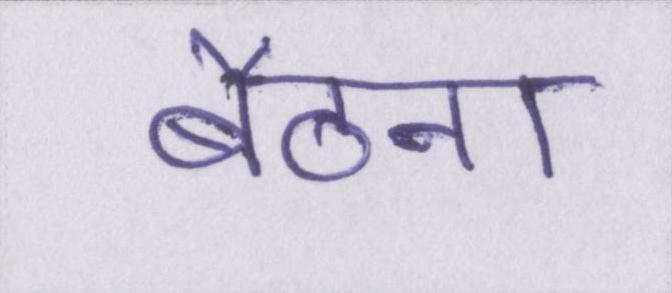
बैठना